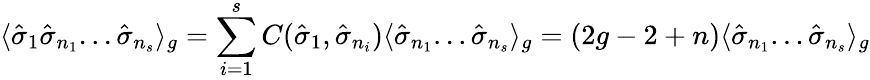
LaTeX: \langle{\hat{\sigma}}_{1}{\hat{\sigma}}_{n_{1}}...{\hat{\sigma}}_{n_{s}}\rangle_{g}=\sum_{i=1}^{s}C({\hat{\sigma}}_{1},{\hat{\sigma}}_{n_{i}})\langle{\hat{\sigma}}_{n_{1}}...{\hat{\sigma}}_{n_{s}}\rangle_{g}=(2g-2+n)\langle{\hat{\sigma}}_{n_{1}}...{\hat{\sigma}}_{n_{s}}\rangle_{g}